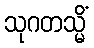
သုဂတသ္မိံ